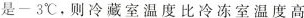
是-3℃，则冷藏室温度比冷冻室温度高